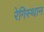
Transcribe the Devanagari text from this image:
रेगिस्थान